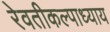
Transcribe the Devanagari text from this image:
रेवतीकल्पाध्याय